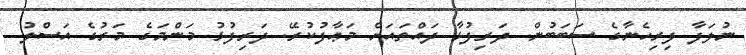
ނުލަފާ ފިރިހެނާގެ ސަބަބުން. ދަރިފުޅާ ދައްތައަށް މަޢާފުކުރޭ. ދަރިފުޅު މަންމަގެ މަރުގެ އަސްލު